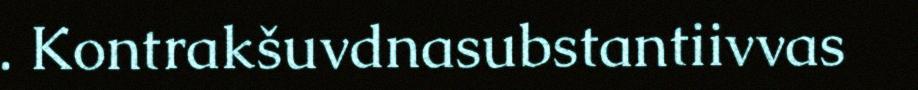
. Kontrakšuvdnasubstantiivvas